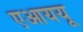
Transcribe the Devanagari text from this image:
एआययू